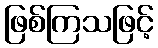
ဖြစ်ကြသဖြင့်